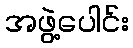
အဖွဲ့ပေါင်း